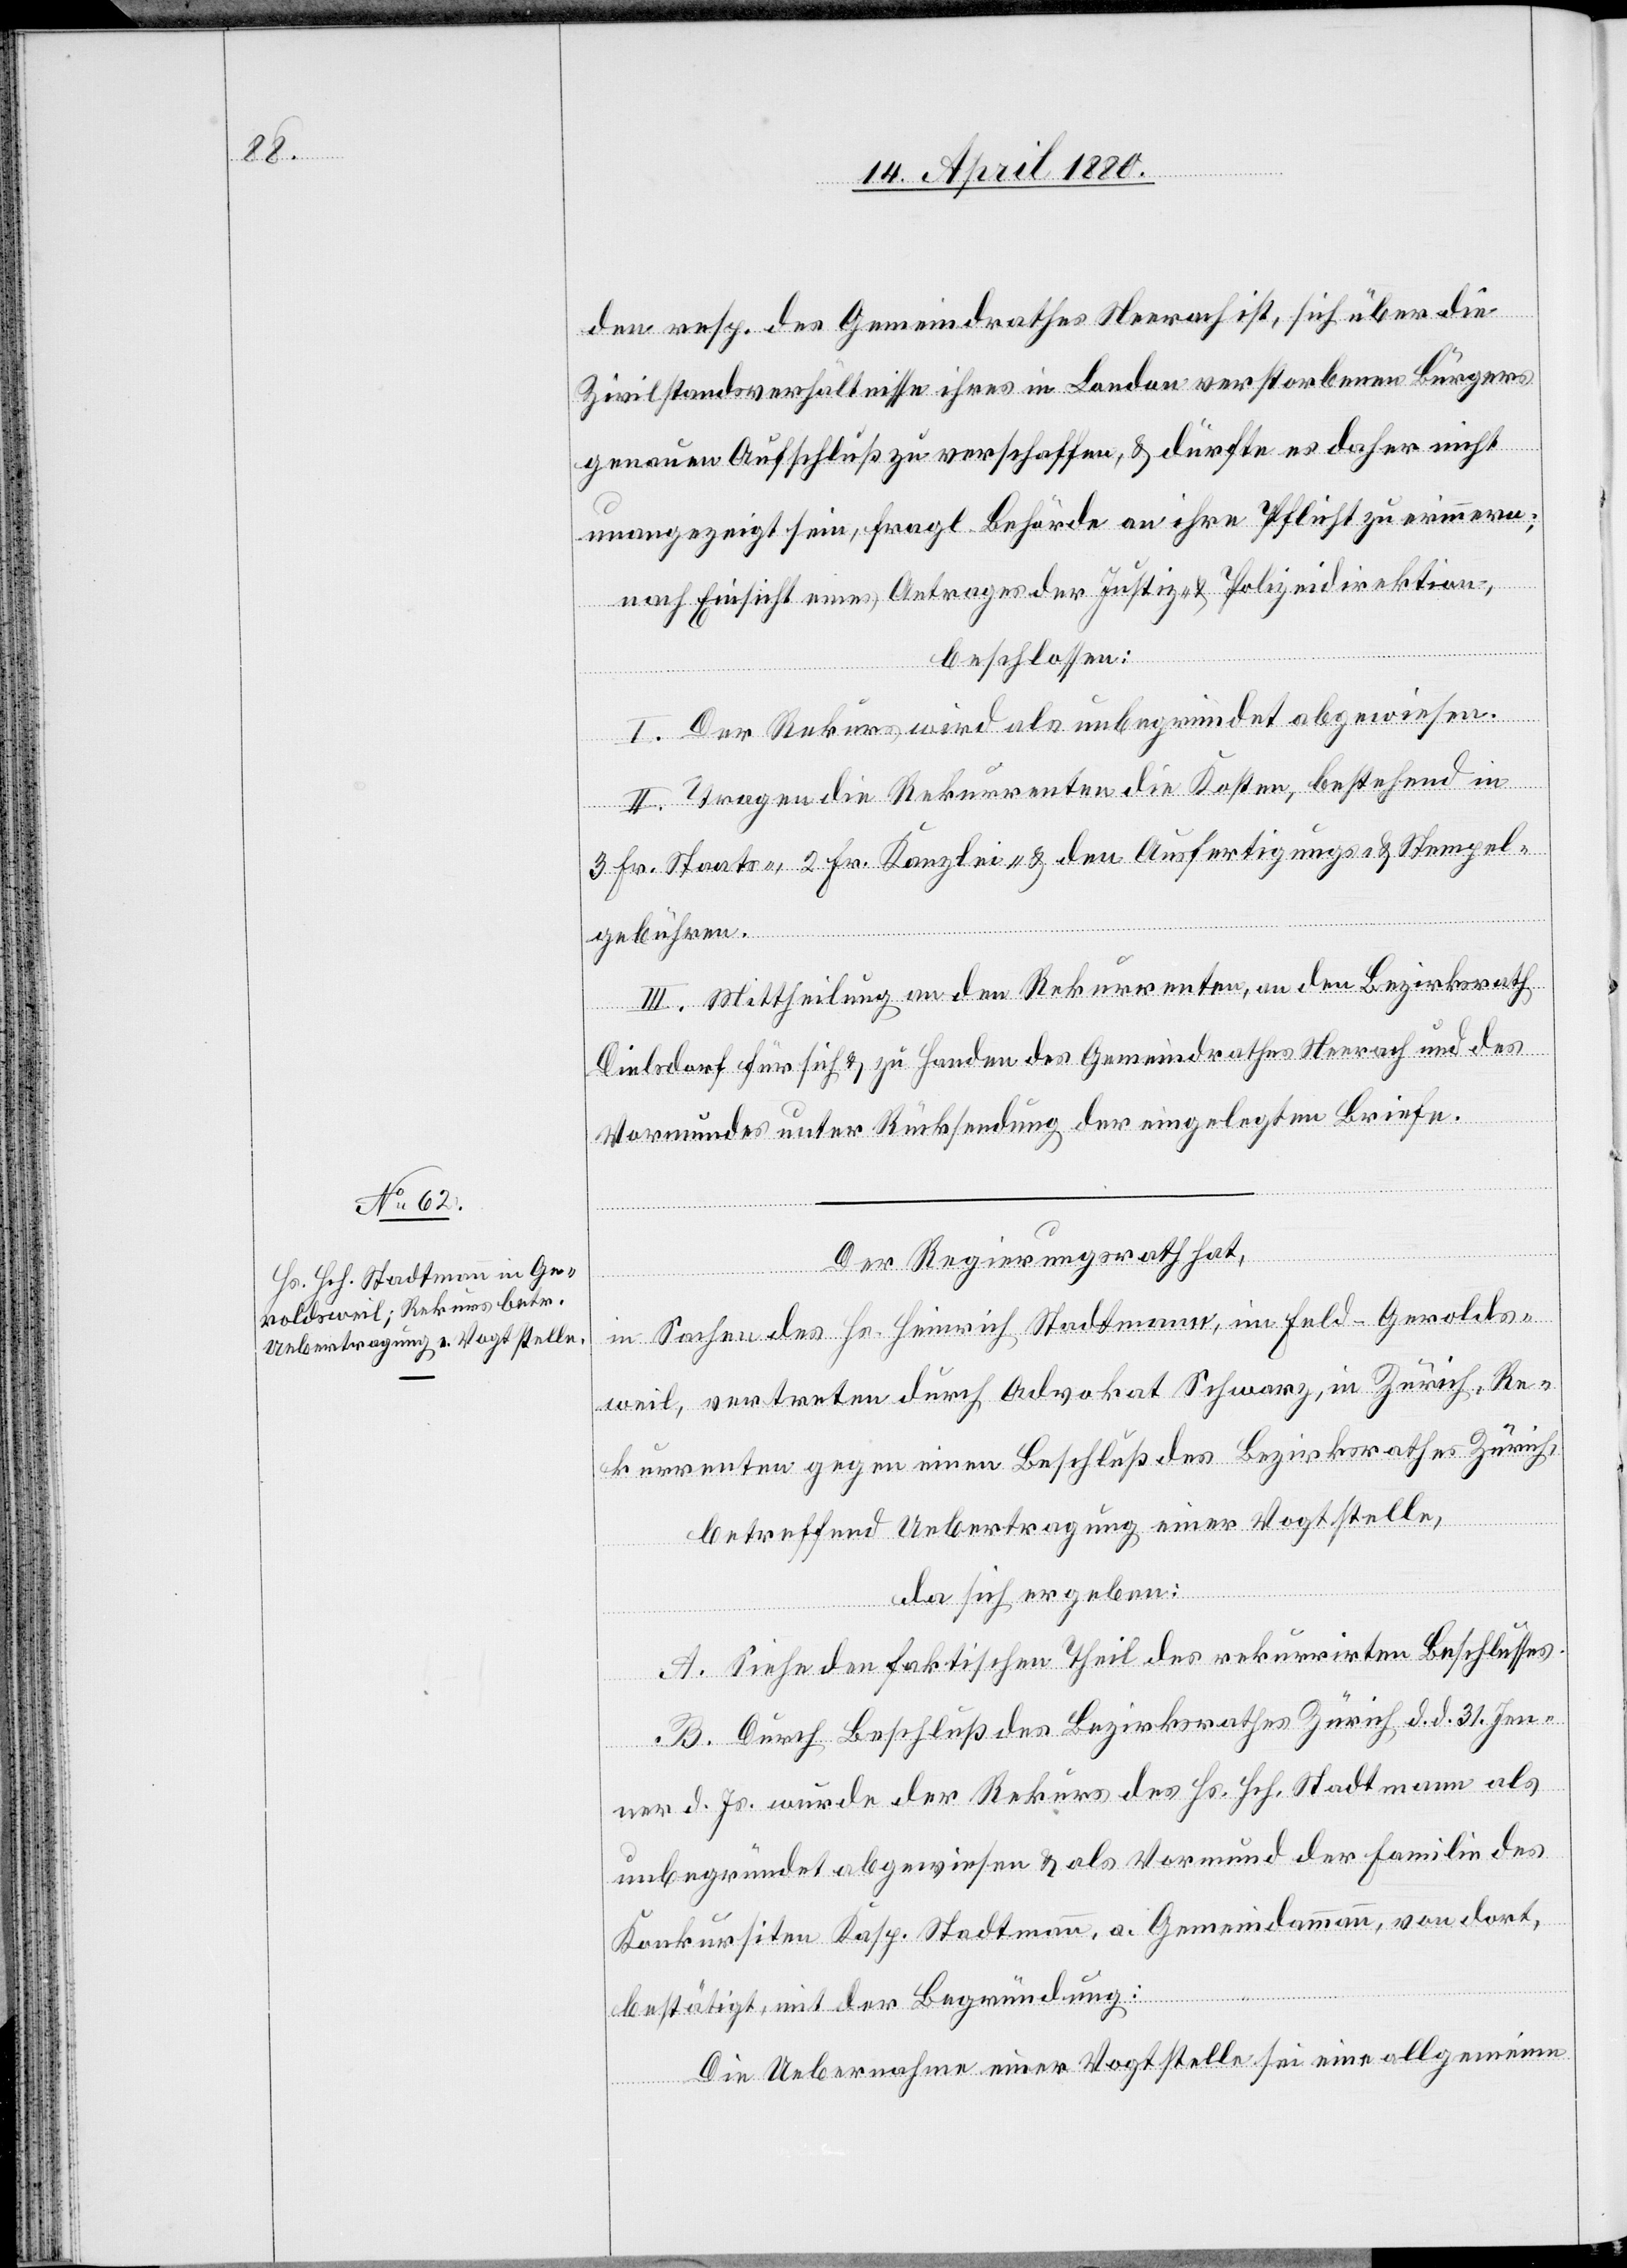
den resp. des Gemeindrathes Neerach ist, sich über die
Zivilstandsverhältnisse ihres in London verstorbenen Bürgers
genauen Aufschluß zu verschaffen, & dürfte es daher nicht
unangezeigt sein, fragl. Behörde an ihre Pflicht zu erinnern;
nach Einsicht eines Antrages der Justiz- & Polizeidirektion,
beschlossen:
I. Der Rekurs wird als unbegründet abgewiesen.
II. Tragen die Rekurrenten die Kosten, bestehend in
3 Fr. Staats-, 2 Fr. Kanzlei & den Ausfertigungs- & Stempel¬
gebühren.
III. Mittheilung an den Rekurrenten, an den Bezirksrath
Dielsdorf für sich & zu Handen des Gemeindrathes Neerach und des
Vormundes unter Rücksendung der eingelegten Briefe.
Der Regierungsrath hat,
in Sachen des Hs. Heinrich Stadtmann, im Feld - Gerolds¬
weil, vertreten durch Advokat Schwarz, in Zürich, Re¬
kurrenten gegen einen Beschluß des Bezirksrathes Zürich,
betreffend Uebertragung einer Vogtstelle,
da sich ergeben:
A. Siehe den faktischen Theil des rekurrirten Beschlusses.
B. Durch Beschluß des Bezirksrathes Zürich, d. d. 31. Jen¬
ner d. Js. wurde der Rekurs des Hs. Hch. Stadtmann als
unbegründet abgewiesen & als Vormund der Familie des
Konkursiten Kasp. Stadtmann, a. Gemeindammann, von dort,
bestätigt, mit der Begründung:
Die Uebernahme einer Vogtstelle seine eine allgemeine